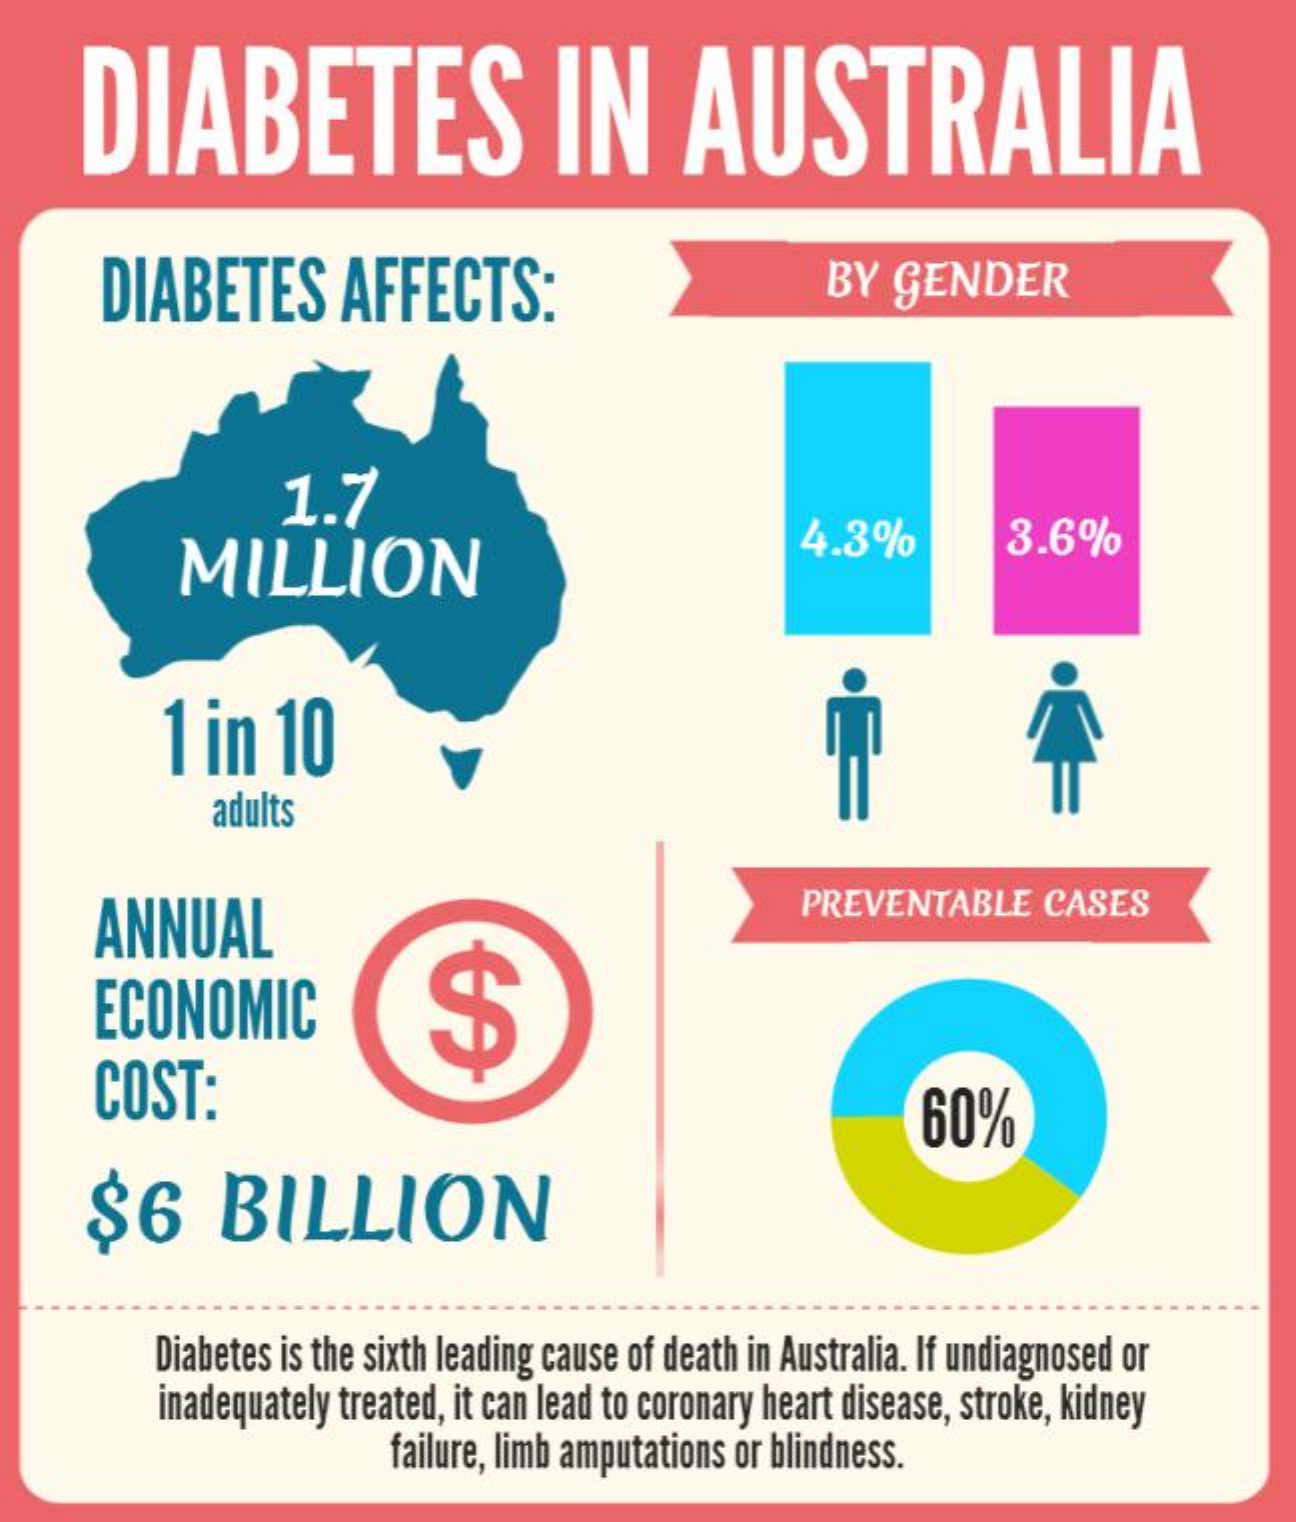
DIABETES    IN    AUSTRALIA
     DIABETES    AFFECTS:    BY  GENDER
     1.7
     MILLION
     4.3%    3.6%
     1 in   10
     adults
     ANNUAL
     PREVENTABLE    CASES
     ECONOMIC    $
     COST:    60%
     $6    BILLION
     Diabetes is the sixth leading cause of death in Australia. If undiagnosed or
     inadequately treated, it can lead to coronary heart disease, stroke, kidney
     failure, limb amputations or blindness.